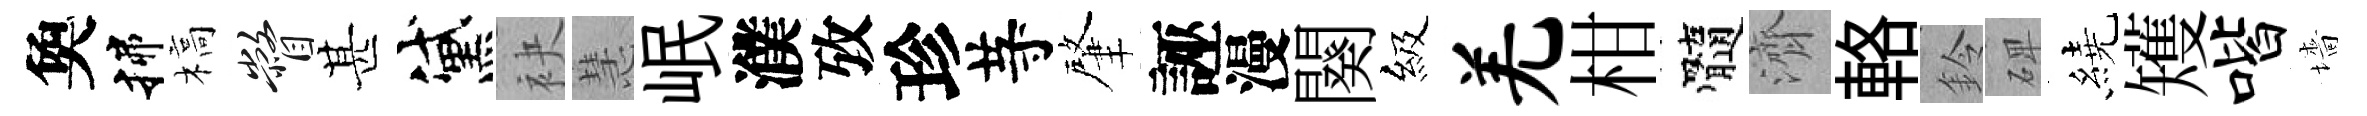
奐揲槁瞥甚黛袂慧岷濮攷珍䒭肇誣漫闋級羌柑髓濟輅鈴𥓓繞矱喈墻